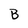
Character: B